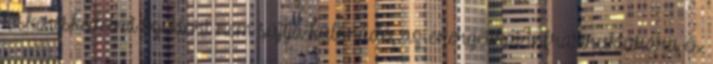
kiskereskedelmi szektort nem sújtja különadó, az energetikai infrastruktúrára és